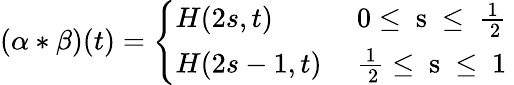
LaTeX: (\alpha\ast\beta)(t)=\left\{ \begin{array}{ll}{{H(2s,t)}}&{{\mathrm{~0\leq~s~\leq~{\frac{1}{~2}}~}}}\\ {{H(2s-1,t)}}&{{\mathrm{~{\frac{1}{~2}}\leq~s~\leq~1~}}}\end{array}\right.